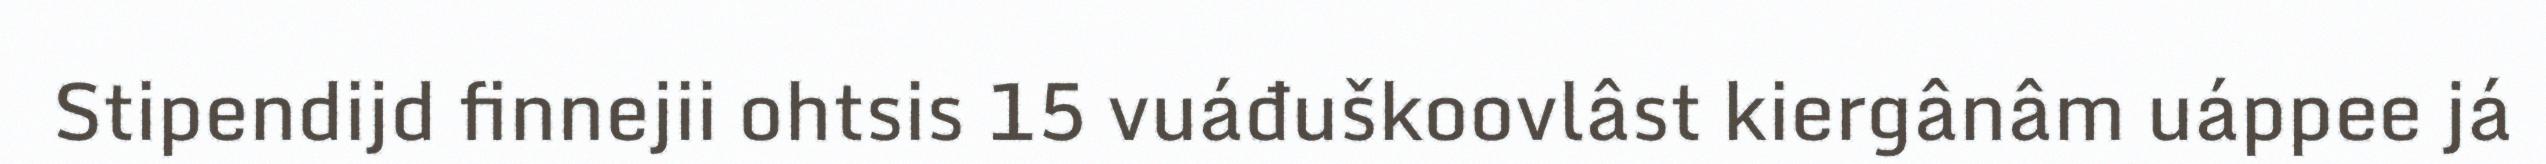
Stipendijd finnejii ohtsis 15 vuáđuškoovlâst kiergânâm uáppee já